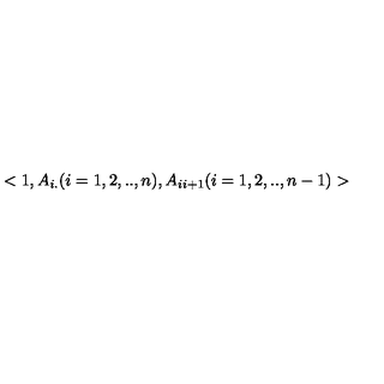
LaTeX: < 1 , A _ { i . } ( i = 1 , 2 , . . , n ) , A _ { i i + 1 } ( i = 1 , 2 , . . , n - 1 ) >